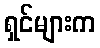
ရှင်များက